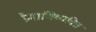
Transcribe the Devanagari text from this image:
प्रेमाभिव्यक्ति